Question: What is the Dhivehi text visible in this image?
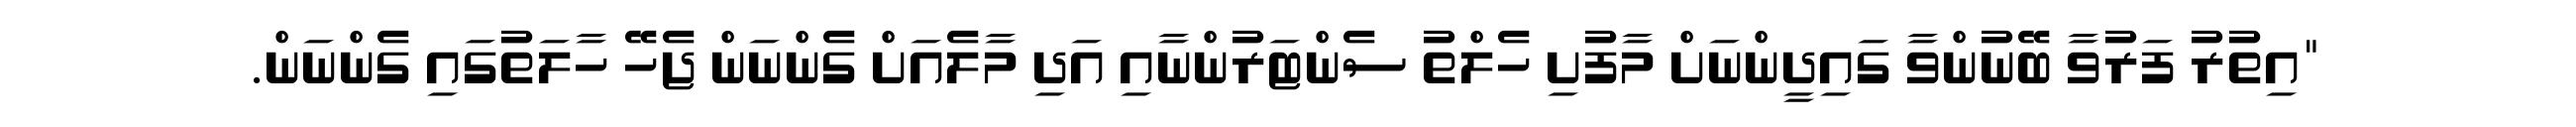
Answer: "އިތުރު ފަރުވާ ބޭނުންވާ ގައިދީންނަށް މާފުށި ހެލްތު ސެންޓަރުންނާއި އަދި މާލެއަށް ގެންނަން ޖެހޭ ހާލަތުގައި ގެންނަން.